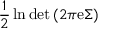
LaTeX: { \frac { 1 } { 2 } } \ln \operatorname* { d e t } \left( 2 \pi \mathrm { e } { \boldsymbol { \Sigma } } \right)